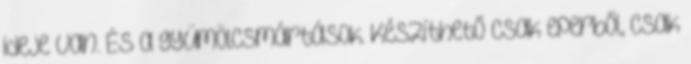
ideje van. És a gyümölcsmártások. Készíthető csak eperből, csak